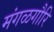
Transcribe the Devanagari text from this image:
मंगळगौरि